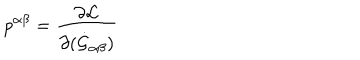
LaTeX: p ^ { \alpha \beta } = \frac { \partial { \cal L } } { \partial ( \dot { \cal G } _ { \alpha \beta } ) }